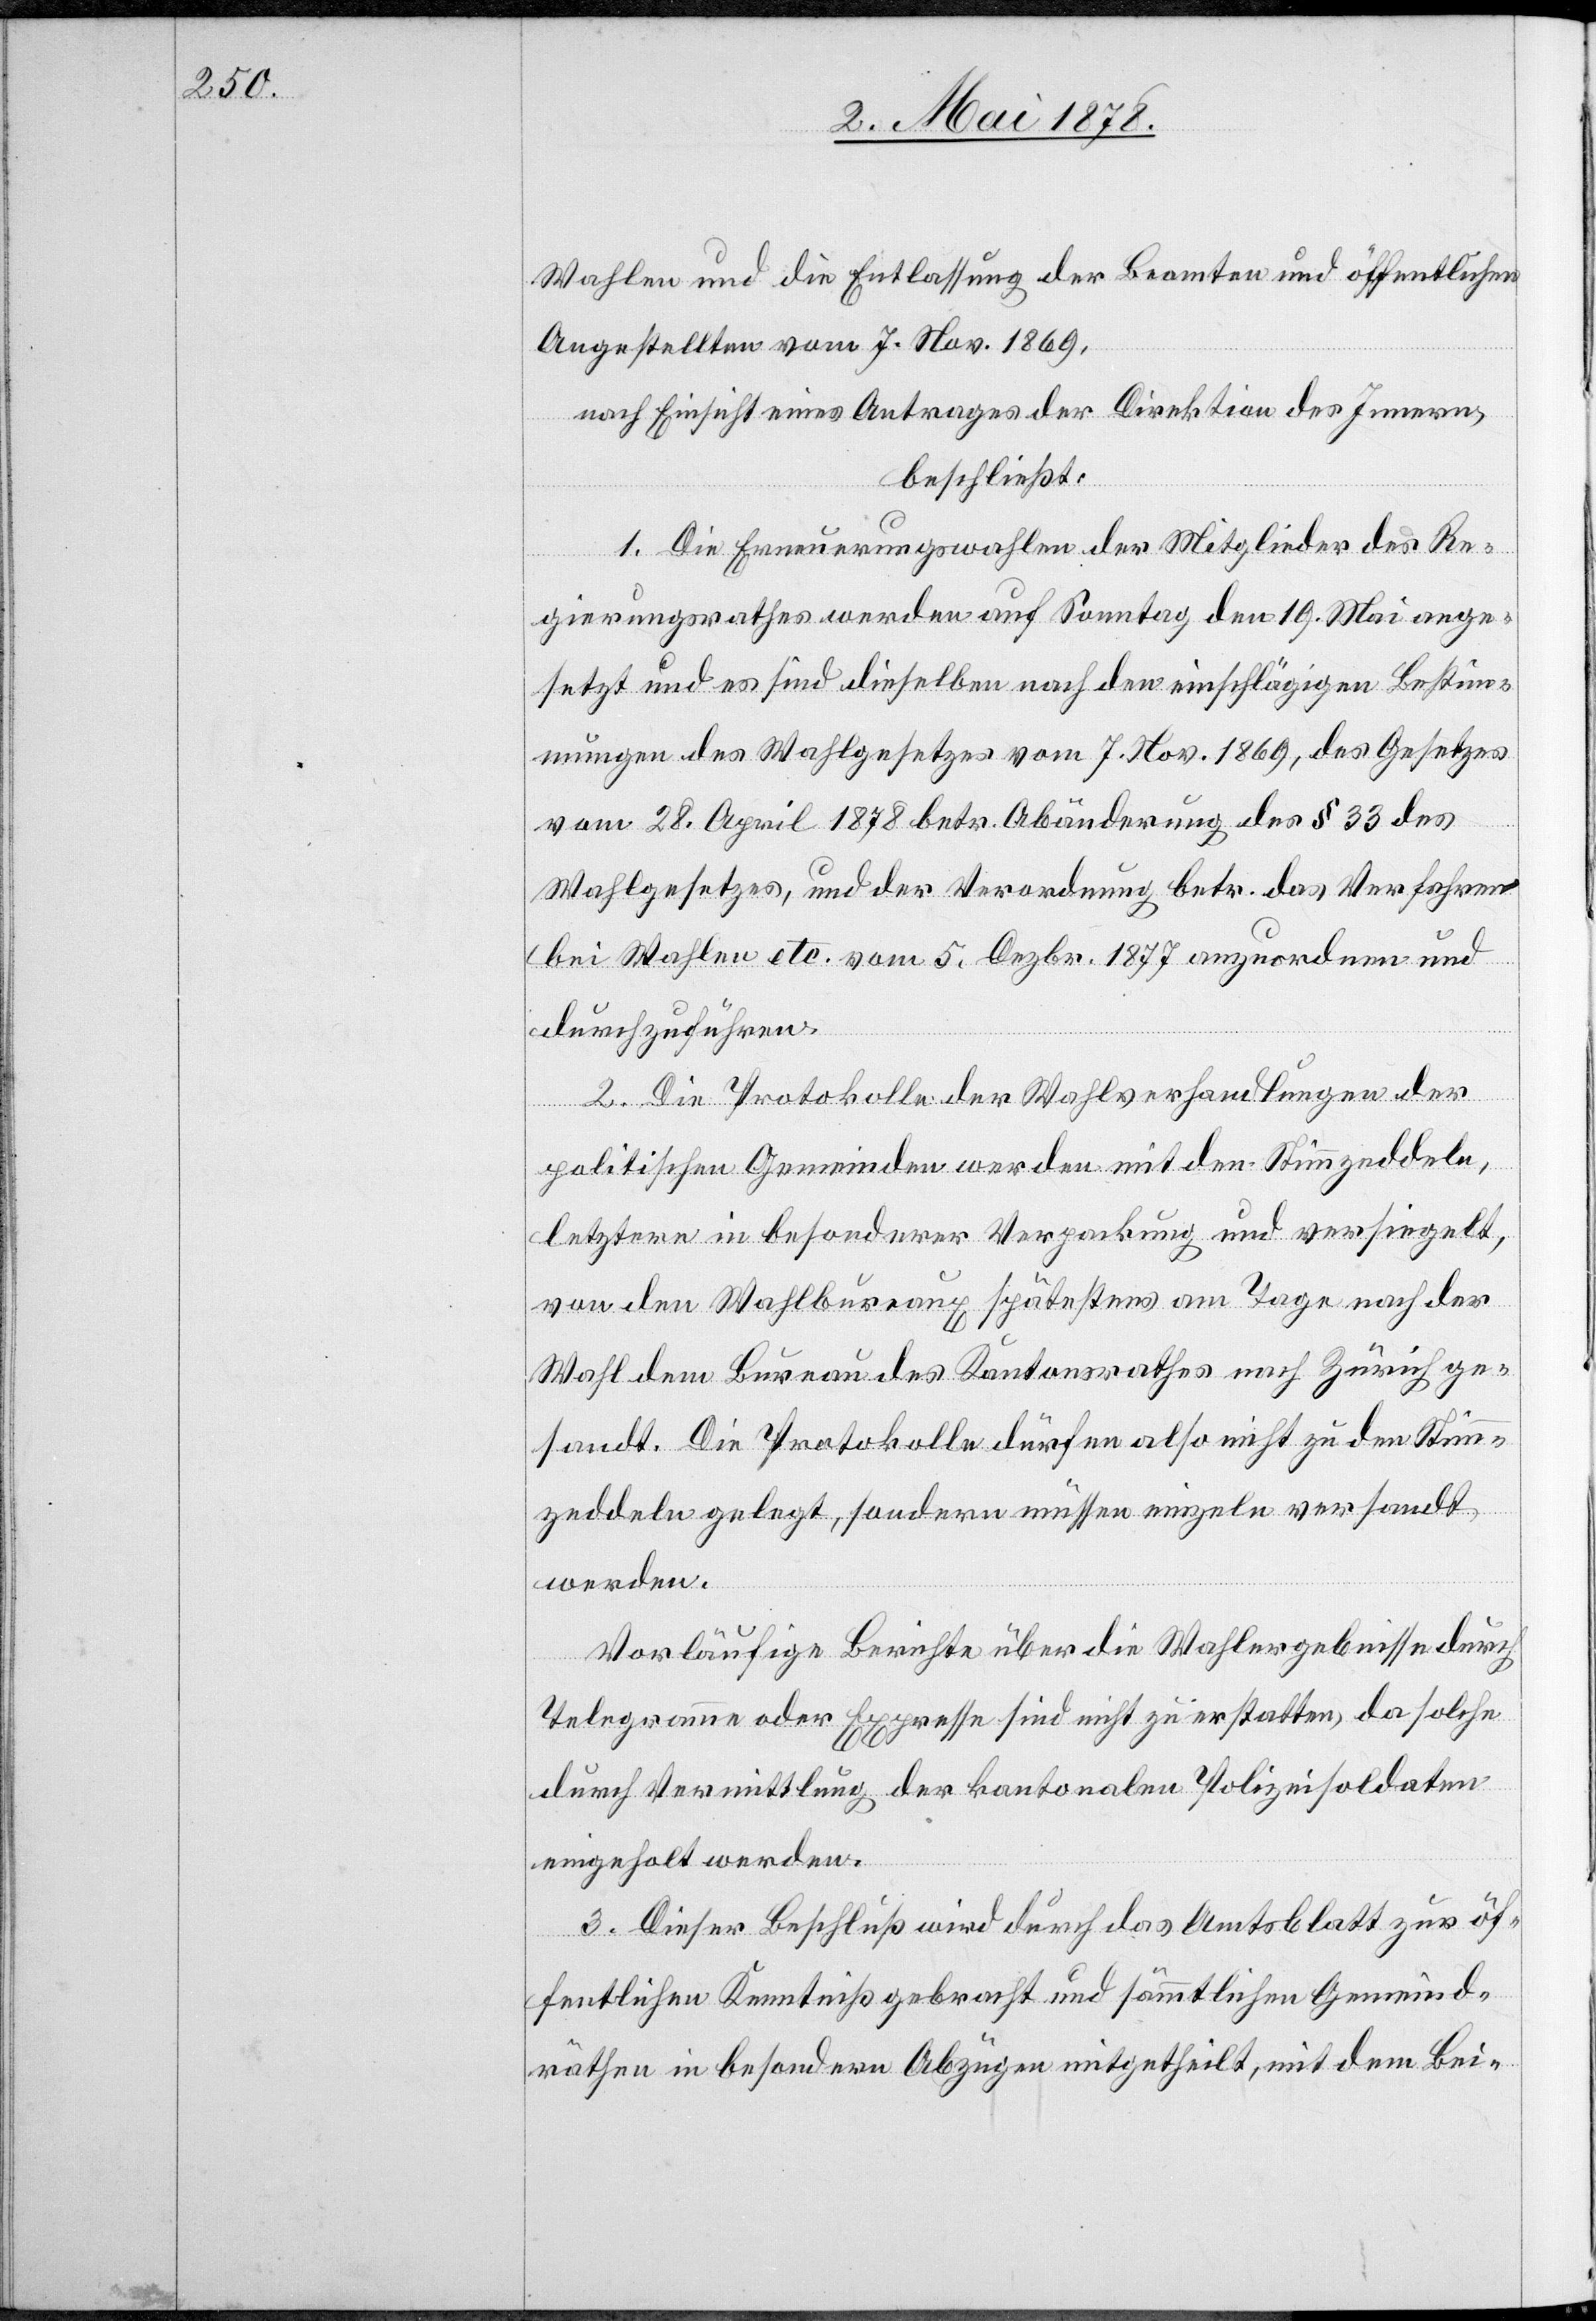
Wahlen und die Entlassung der Beamten und öffentlichen
Angestellten vom 7. Nov. 1869,
nach Einsicht eines Antrages der Direktion des Innern,
beschließt:
1. Die Erneuerungswahlen der Mitglieder des Re¬
gierungsrathes werden auf Sonntag den 19. Mai ange¬
setzt und es sind dieselben nach den einschlägigen Bestim¬
mungen des Wahlgesetzes vom 7. Nov. 1869, des Gesetzes
vom 28. April 1878 betr. Abänderung des § 33 des
Wahlgesetzes, und der Verordnung betr. das Verfahren
bei Wahlen etc. vom 5. Dezbr. 1877 anzuordnen und
durchzuführen.
2. Die Protokolle der Wahlverhandlungen der
politischen Gemeinden werden mit den Stimmzeddeln,
letztere in besonderer Verpackung und versiegelt,
von den Wahlbureaux spätestens am Tage nach der
Wahl dem Bureau des Kantonsrathes nach Zürich ge¬
sandt. Die Protokolle dürfen also nicht zu den Stimm¬
zeddeln gelegt, sondern müssen einzeln versandt
werden.
Vorläufige Berichte über die Wahlergebnisse durch
Telegramme oder Expresse sind nicht zu erstatten, da solche
durch Vermittlung der kantonalen Polizeisoldaten
eingeholt werden.
3. Dieser Beschluß wird durch das Amtsblatt zur öf¬
fentlichen Kenntniß gebracht und sämmtlichen Gemeind¬
räthen in besondern Abzügen mitgetheilt, mit dem Bei-